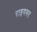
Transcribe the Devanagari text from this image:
राइगमर